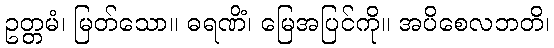
ဥတ္တမံ၊ မြတ်သော။ ဓရဏိံ၊ မြေအပြင်ကို။ အပိစေလဘတိ၊